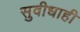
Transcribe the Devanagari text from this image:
सुवीधाही